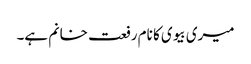
میری بیوی کا نام رفعت خانم ہے۔